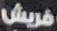
فريش